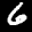
Label: 6